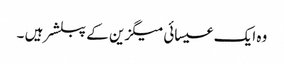
وہ ایک عیسائی میگزین کے پبلشر ہیں ۔